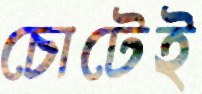
চোটেই